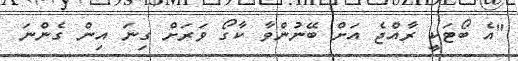
"އެ ބޯޓަކީ ރާއްޖެ އަށް ބޭނުންވާ ކާގޯ ވަރަށް ގިނަ އިން ގެންނަ